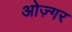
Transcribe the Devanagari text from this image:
ओज़्गर